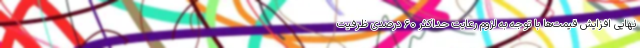
نهایی افزایش قیمت‌ها با توجه به لزوم رعایت حداکثر ۶۰ درصدی ظرفیت